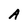
Character: A